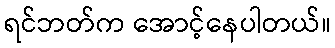
ရင်ဘတ်က အောင့်နေပါတယ်။